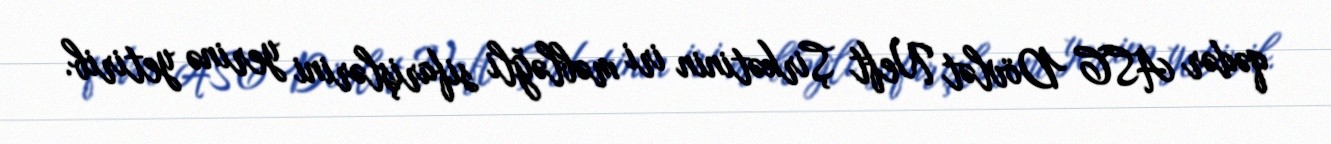
qədər ASC Dövlət Neft Şirkətinin iri məbləğli sifarişlərini yerinə yetirib.